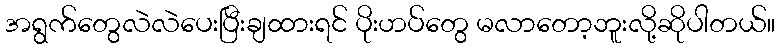
အရွက်တွေလဲလဲပေးပြီးချထားရင် ပိုးဟပ်တွေ မလာတော့ဘူးလို့ဆိုပါတယ်။